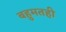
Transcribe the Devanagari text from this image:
बहुमतही